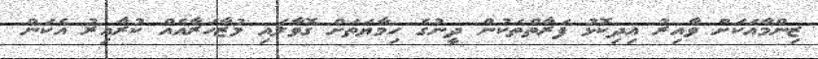
ޒިންމާއަކަށް ވާއިރު އިދިކޮޅު ފަރާތްތަކުން ދީނުގެ ހިމާޔަތަށް ގޮވާލައި މުޒާހަރާއެއް ކުރާއިރު އެކަން